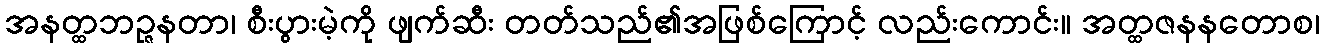
အနတ္ထဘဉ္ဇနတာ၊ စီးပွားမဲ့ကို ဖျက်ဆီး တတ်သည်၏အဖြစ်ကြောင့် လည်းကောင်း။ အတ္ထဇနနတောစ၊